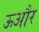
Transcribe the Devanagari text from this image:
ऊऔर